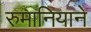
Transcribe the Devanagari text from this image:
रुमानियाने